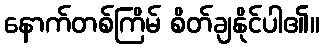
နောက်တစ်ကြိမ် စိတ်ချနိုင်ပါ၏။